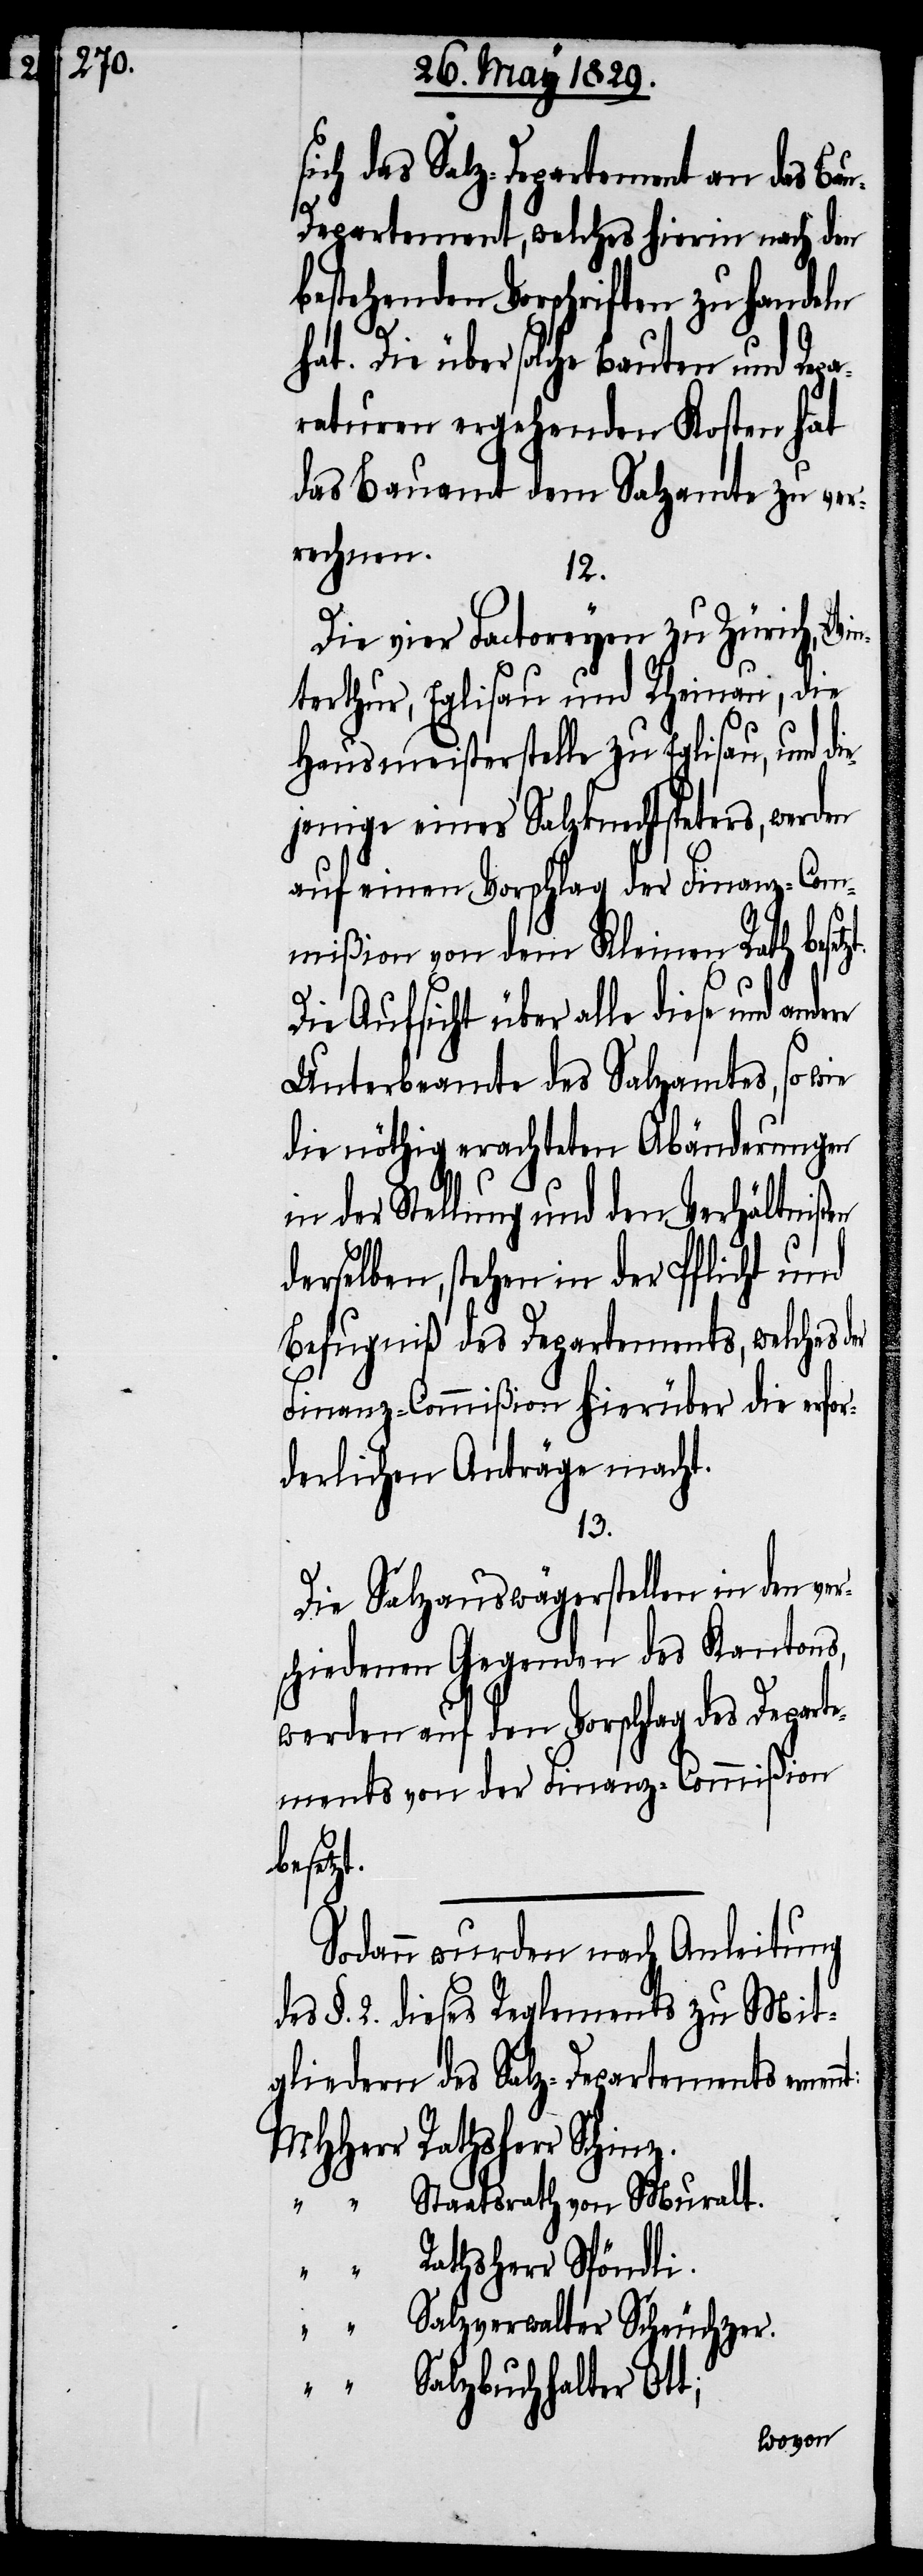
sich das Salz-Departement an das Ba¬
u-Departement, welches hierin nach den
bestehenden Vorschriften zu handeln
hat. Die über solche Bauten und Repa¬
raturen ergehenden Kosten hat
das Bauamt dem Salzamte zu ver¬
rechnen.
nt:
Die vier Factoreyen zu Zürich, Win¬
terthur, Eglisau und Rheinau, die
Hausmeisterstelle zu Eglisau, und di¬
ejenige eines Salzknechtspeters, werden
auf einen Vorschlag der Finanz-Com¬
mißion von dem Kleinen Rath besetz¬
Die Aufsicht über alle diese
Unterbeamte des Salzamtes, so wie
die nöthig erachteten Abänderungen
in der Stellung und den Verhältnißen
derselben stehen in der Pflicht und
Befugniß des Departements, welches
Finanz-Commißion hierüber die erfor¬
derlichen Anträge macht.
13.
Die Salzauswägerstellen in den ve¬
rschiedenen Gegenden des Kantons,
werden auf den Vorschlag des Departe¬
ments von der Finanz-Commißion
besetz¬
Sodann wurden nach Anleitung
des §. 2. diese Reglements zu Mit¬
gliedern des Salz-Departements ernen¬
MHHerr Rathsherr Schinz.
“ “ Staatsrath von Muralt.
“ “ Rathsherr Spöndli.
“ “ Salzverwalter Scheuchzer.
“ “ Salzbuchhalter Ott;